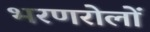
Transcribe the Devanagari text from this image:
भरणरोलों